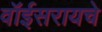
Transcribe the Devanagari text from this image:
वॉईसरायचे